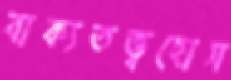
বাক্যতত্ত্বহোস